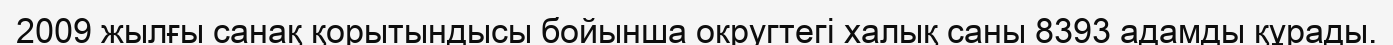
2009 жылғы санақ қорытындысы бойынша округтегі халық саны 8393 адамды құрады.